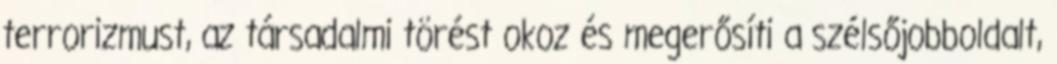
terrorizmust, az társadalmi törést okoz és megerősíti a szélsőjobboldalt,